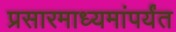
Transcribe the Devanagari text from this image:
प्रसारमाध्यमांपर्यंत